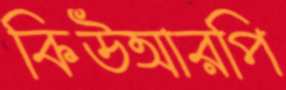
কিউআরপি